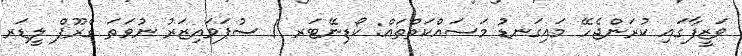
ވަޒީފާގައި ކުރަންޖެހޭ މައިގަނޑު މަސައްކަތްތައް: ކޯޑިނޭޓަރ / ސުޕަވައިޒަރު ނުވަތަ ގްރޫޕް ލީޑަރ